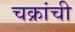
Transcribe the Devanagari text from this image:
चक्रांची